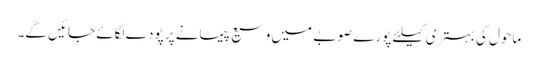
ماحول کی بہتری کیلئے پورے صوبے میں وسیع پیمانے پر پودے لگائے جائیں گے۔